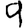
Digit: 9